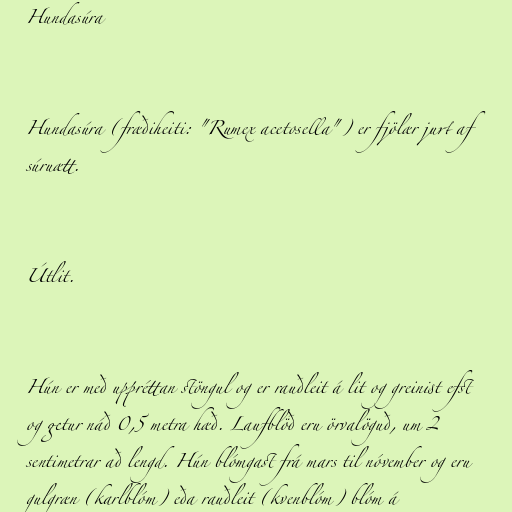
Hundasúra

Hundasúra (fræðiheiti: "Rumex acetosella") er fjölær jurt af
súruætt.

Útlit.

Hún er með uppréttan stöngul og er rauðleit á lit og greinist efst
og getur náð 0,5 metra hæð. Laufblöð eru örvalöguð, um 2
sentimetrar að lengd. Hún blómgast frá mars til nóvember og eru
gulgræn (karlblóm) eða rauðleit (kvenblóm) blóm á